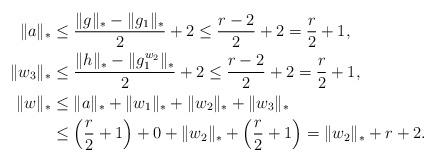
LaTeX: \begin{align*}\|a\|_*& \le \frac{\|g\|_*- \|g_1\|_*}2+2 \le \frac{r-2}2+2=\frac r2+1,\\\|w_3\|_*& \le \frac{\|h\|_*- \|g_1^{w_2}\|_*}2+2\le \frac{r-2}2+2=\frac r2+1,\\\|w\|_* &\le \|a\|_* + \|w_1\|_*+ \|w_2\|_* + \|w_3\|_*\\&\le \left(\frac r2+1\right) + 0 + \|w_2\|_* + \left(\frac r2+1\right)=\|w_2\|_*+r+2.\end{align*}